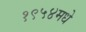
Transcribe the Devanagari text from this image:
१९५४मधे